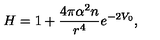
H = 1 + \frac { 4 \pi \alpha ^ { 2 } n } { r ^ { 4 } } e ^ { - 2 V _ { 0 } } ,